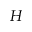
H